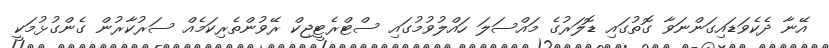
އޭނާ ދެކެވަޑައިގަންނަވާ ގޮތުގައި ޑޮލަރުގެ މައްސަލަ ހައްލުވުމުގައި ސްޓްރެޓީޖިކް ރޭވުންތެރިކަމެއް ސަރުކާރުން ގެންގުޅުމަކީ